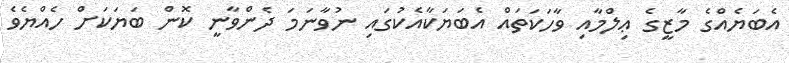
އެބަޔެއްގެ މާޒީގެ ޢިލްމާއި ވާހަކަތައް އެބަޔަކާއެކުގައި ނުވާނަމަ ދެންވާނީ ކޮން ބަޔަކަށް ހެއްޔެވެ